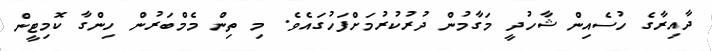
ދާއިރާގެ ހުސެއިން ޝާހުދީ މަގާމުން ދުރުކުރުމަށްފަހުގައެވެ. މި ތިން މެމްބަރުން ހިންގާ ކޮމިޓީން